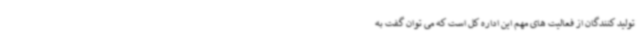
تولید کنندگان از فعالیت های مهم این اداره کل است که می توان گفت به